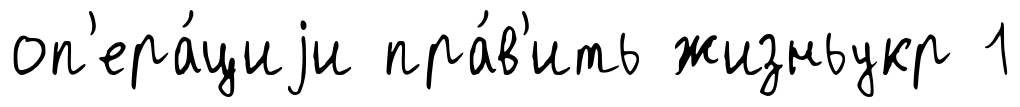
оп'ера́циjи пра́в'ить жизньукр 1